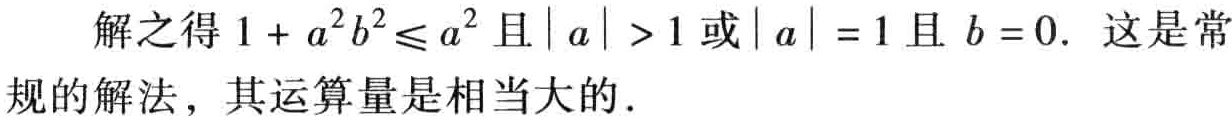
解之得 \(1 + a^{2}b^{2}\leq a^{2}\) 且 \(|a| > 1\) 或 \(|a| = 1\) 且 \(b = 0\). 这是常规的解法，其运算量是相当大的.